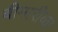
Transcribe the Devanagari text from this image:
बीमारीका